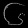
Digit: ၆